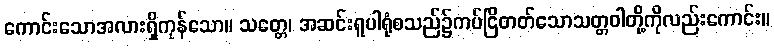
ကောင်းသောအလားရှိကုန်သော။ သတ္တေ၊ အဆင်းရူပါရုံစသည်၌ကပ်ငြိတတ်သောသတ္တဝါတို့ကိုလည်းကောင်း။